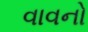
વાવનો